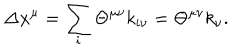
LaTeX: \Delta x ^ { \mu } = \sum _ { i } \Theta ^ { \mu \nu } k _ { i \nu } = \Theta ^ { \mu \nu } k _ { \nu } .